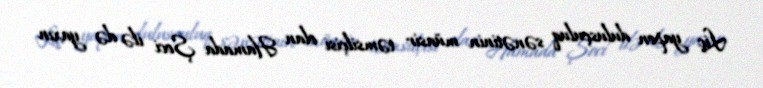
Liç yapon dulusçuluq sənətinin müasir təmsilçisi olan Hamada Şoci ilə də yaxın